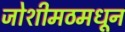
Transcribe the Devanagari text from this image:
जोशीमठमधून